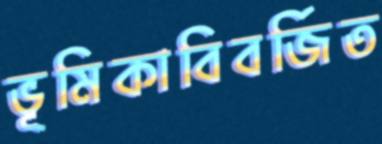
ভূমিকাবিবর্জিত